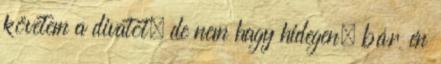
követem a divatot, de nem hagy hidegen, bár én